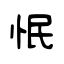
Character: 怋